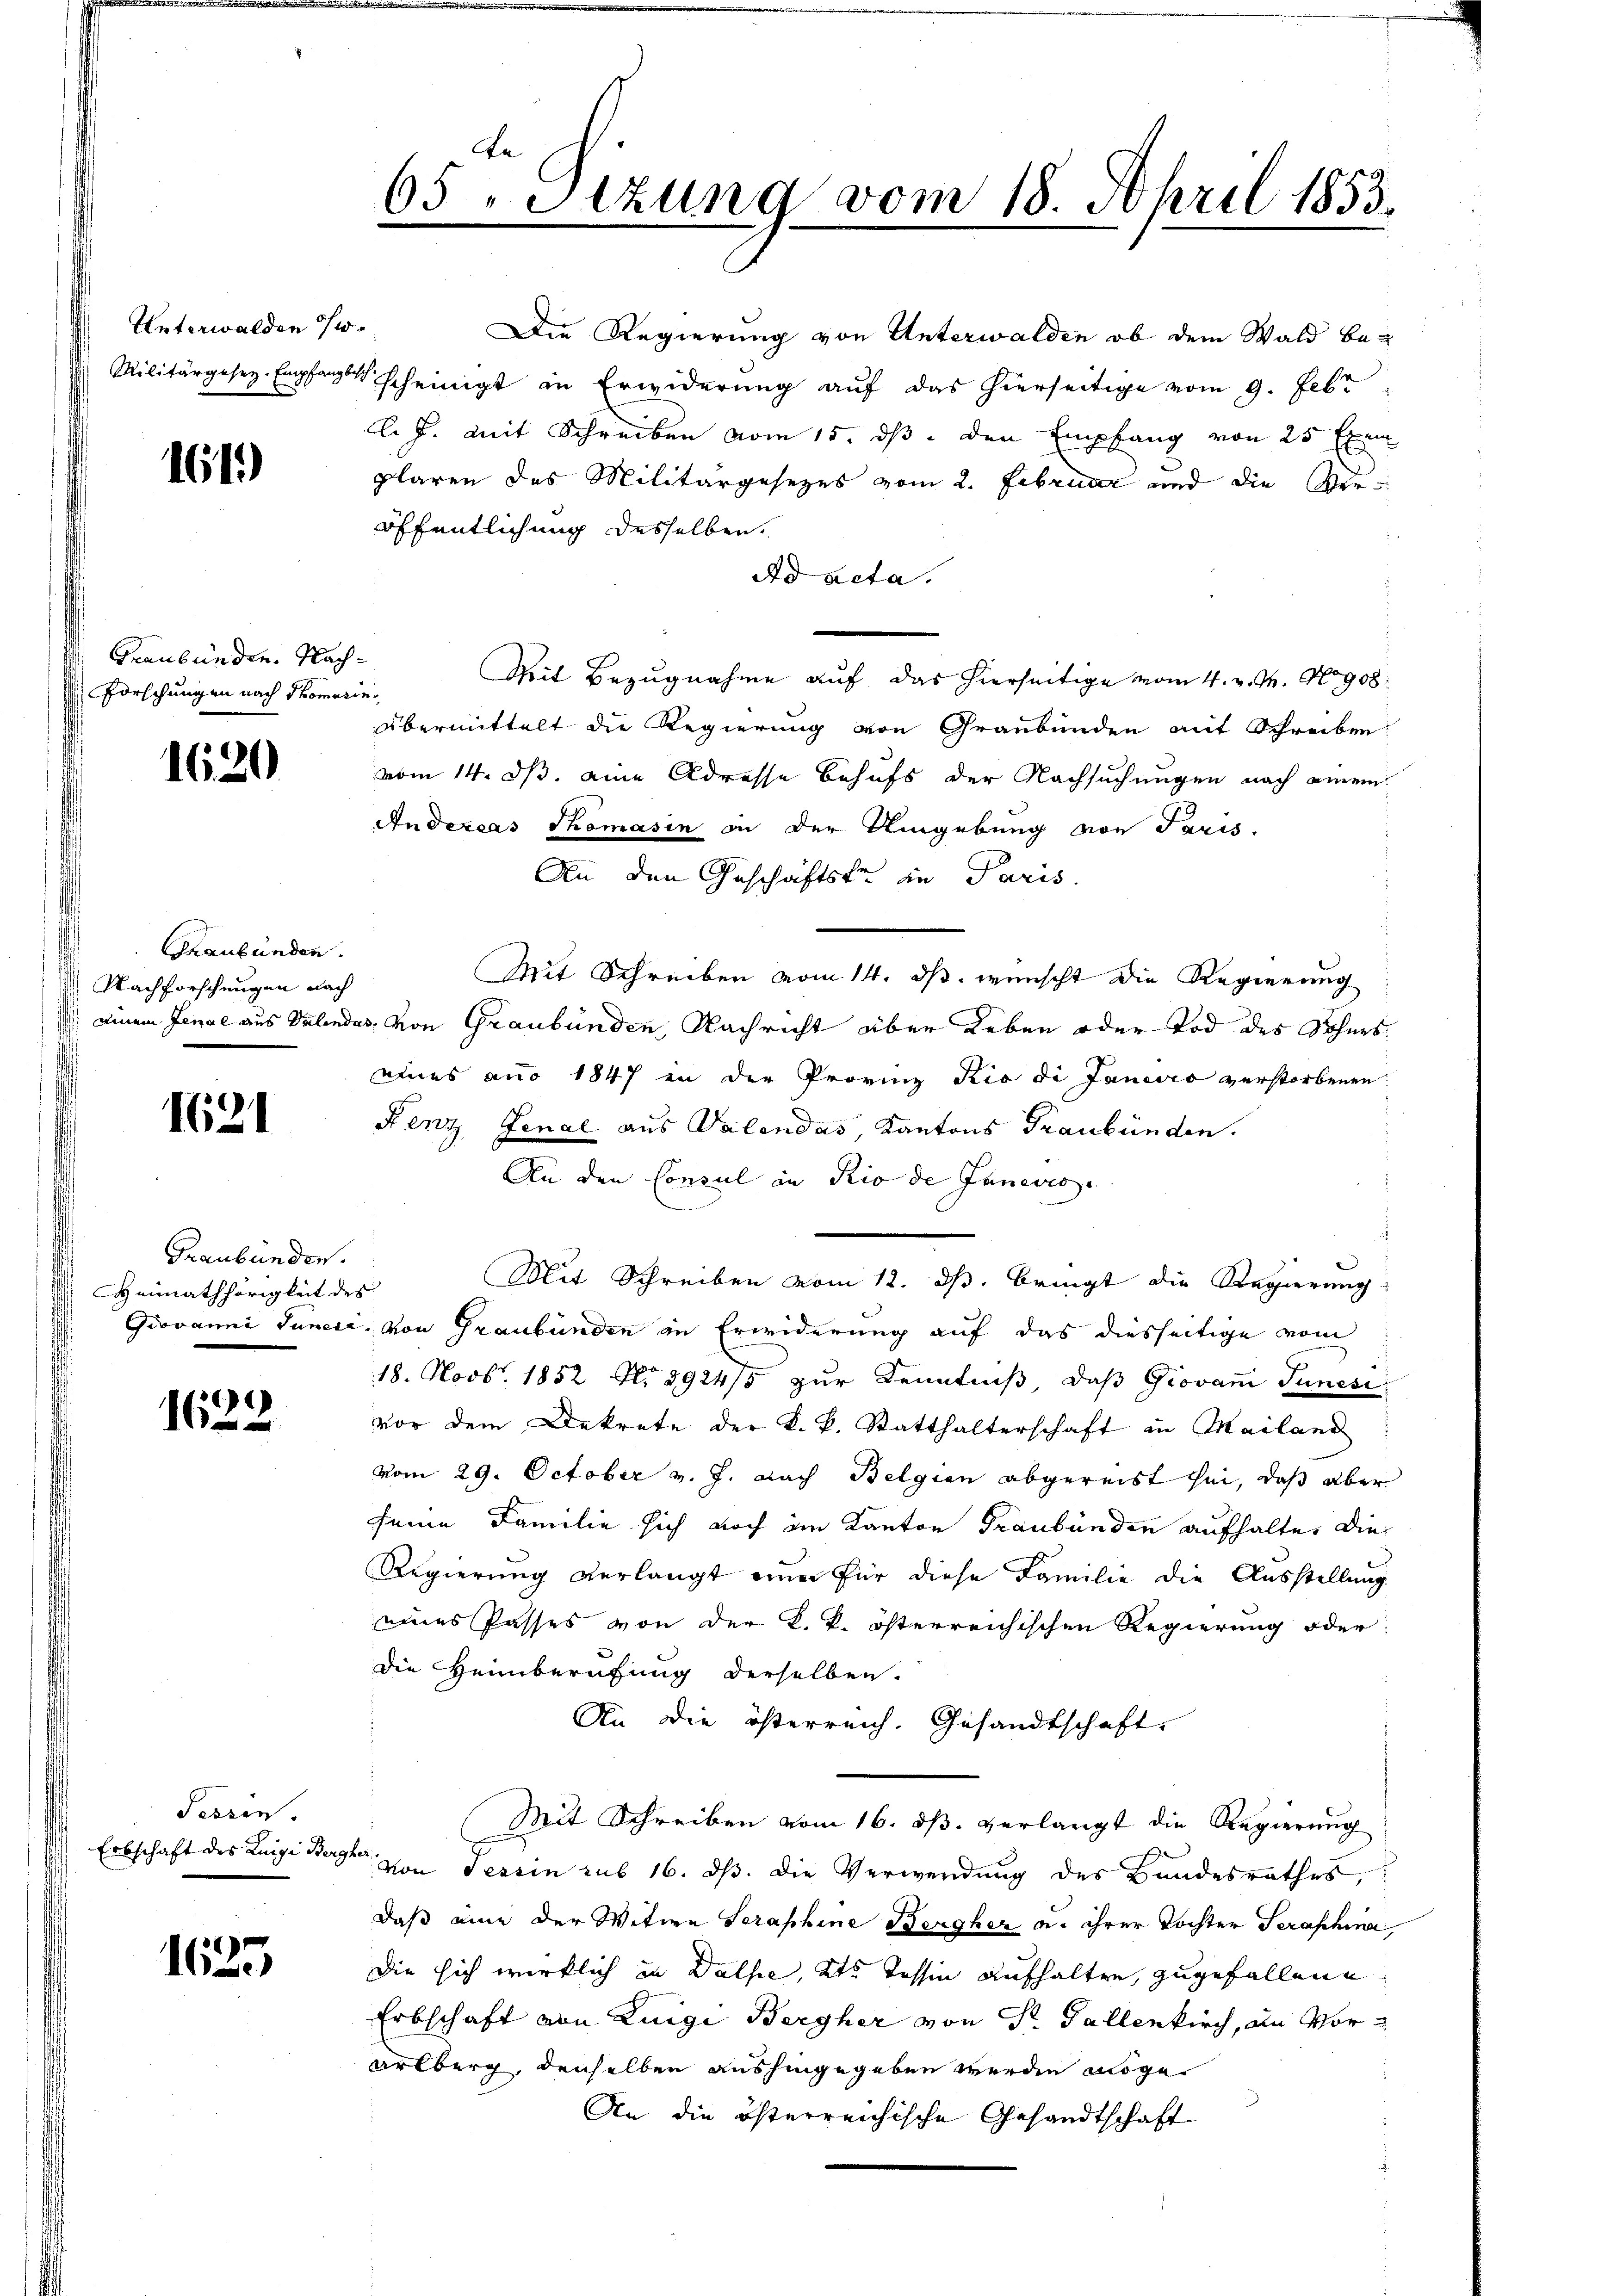
Unterwalden w

161)

Graubünden. Nach¬
Forschungen nach Tomanin¬

1620

Graubünden.
Nachforschungen nach
 einem Jenae aus Valende

I621

Graubünden.
Heimathörigkeit des

1622

Tessin
Erbschaft des Luigi Bergher.

1625

65 Stzung vom 18. April 1853.

Militärgesez-Empfangscheinigt in Erwiderŭng aŭf das hierseitige vom 9. Febr
l. J. mit Schreiben vom 15. ds. den Empfang von 25 Exem
plaren des Militärgesezes vom 2. Februar und die Veröffentlichung desselben.
Ad acta.
Mit Bezugnahme auf das hierseitige vom 4. v. J. No 908.
Übermittelt die Regierung von Graubünden mit Schreiben
vom 14. ds. eine Adresse behufs der Nachsuchungen nach einem
Audexcas Thomasin in der Umgebung von Paris.
An den Geschäftste in Paris.
Mit Schreiben vom 14. ds. wünscht die Regierung
v. von Graubünden, Nachricht aber Leben oder Tod des Sohnes
eines aus 1847 in der Provinz Kio di Janeiro verstorbenen
Kenz Jenal aus Valendas, Kantons Graubünden.
An den Consul in Rio de Janevis
Mit Schreiben vom 12. ds. bringt die Regierung
Giovanni Juncce, von Graubünden in Erwiderung auf das diesseitige vom
18. Novb. 1852 No 3924/5 zur Kenntniß, daß Giovan Tunesi
vor dem Dekrete der k. k. Statthalterschaft in Mailand
vom 29. October v. J. Nach Belgien abgereist sei, daß aber
seine Familie sich noch im Kanton Graubünden aufhalte. Die
Regierung verlangt einer für diese Familie die Ausstellung
eines Passes von der K. k. österreichischen Regierung oder
die Heimberufung derselben.
An die österreich. Gesandtschaft.
Mit Schreiben vom 16. dß. verlangt die Regierung
von Tessin sub 16. ds. die Verwendung des Bandesrathes
daß eine der Witwe Seraphine Bergher u. ihrer Tochter Seraphina,
Die sich wirklich in Dalse, als Tessin aufhalten, zugefallene
Erbschaft von Luigi Bergher von Dr. Gallenkirch, an Vorarlberg, denselben aushingegeben werden möge.
An die österreichische Gesandtschaft

Die Regierung von Unterwalden ob dem Wald be-